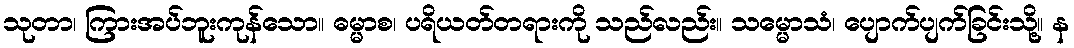
သုတာ၊ ကြားအပ်ဘူးကုန်သော။ ဓမ္မာစ၊ ပရိယတ်တရားကို သည်လည်း။ သမ္မောသံ၊ ပျောက်ပျက်ခြင်းသို့။ န